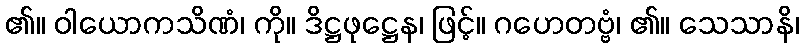
၏။ ဝါယောကသိဏံ၊ ကို။ ဒိဋ္ဌဖုဋ္ဌေန၊ ဖြင့်။ ဂဟေတဗ္ဗံ၊ ၏။ သေသာနိ၊